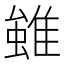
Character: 𨿽